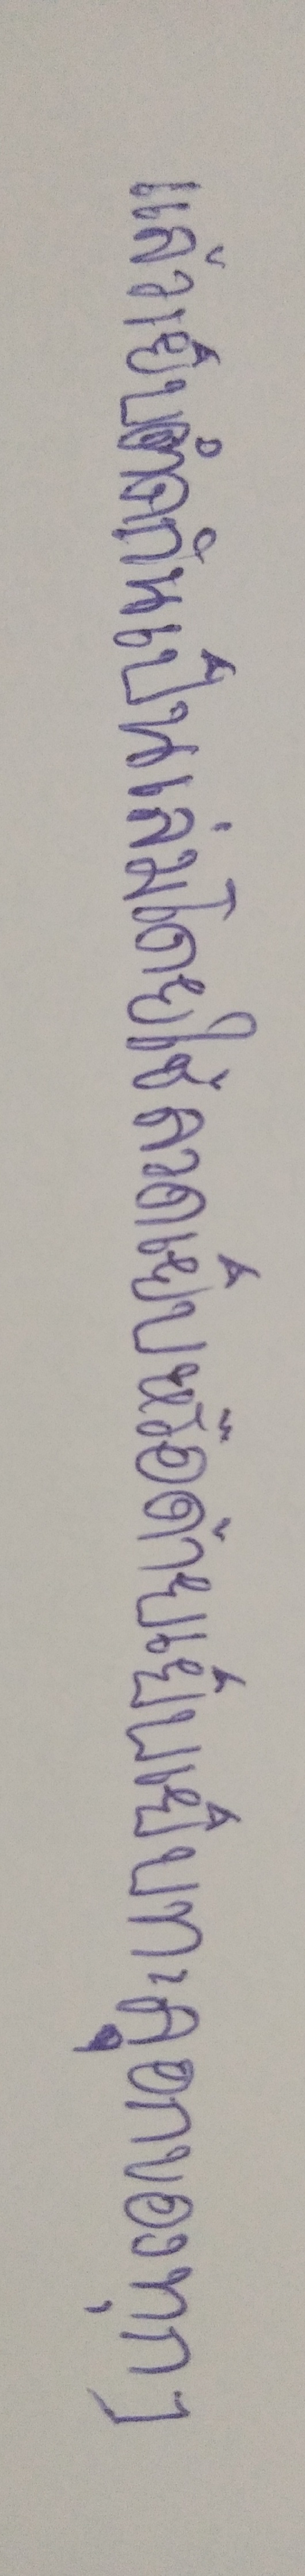
แล้วเย็บติดกันเป็นเล่มโดยใช้ลวดเย็บหรือด้ายเย็บเย็บทะลุอกของทุกๆ